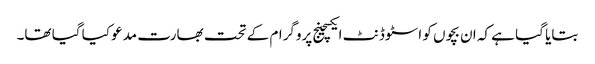
بتایا گیا ہے کہ ان بچوں کو اسٹوڈنٹ ایکسچینج پروگرام کے تحت بھارت مدعو کیا گیا تھا۔